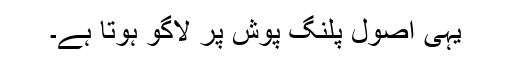
یہی اصول پلنگ پوش پر لاگو ہوتا ہے۔